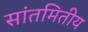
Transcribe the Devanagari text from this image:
सांतमितीय